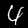
Label: 4